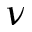
\nu